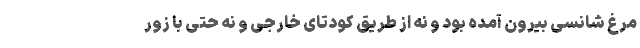
مرغ شانسی بیرون آمده بود و نه از طریق کودتای خارجی و نه حتی با زور